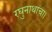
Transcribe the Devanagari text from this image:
रघुनाथाचा।